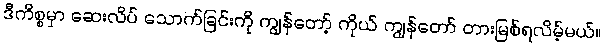
ဒီကိစ္စမှာ ဆေးလိပ် သောက်ခြင်းကို ကျွန်တော့် ကိုယ် ကျွန်တော် တားမြစ်ရလိမ့်မယ်။